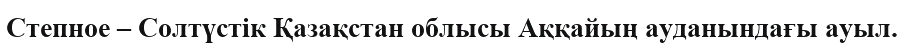
Степное – Солтүстік Қазақстан облысы Аққайың ауданындағы ауыл.